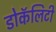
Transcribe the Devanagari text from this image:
डोकॅलिटी